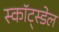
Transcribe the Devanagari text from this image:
स्कॉट्स्डेल